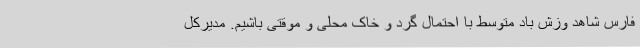
فارس شاهد وزش باد متوسط با احتمال گرد و خاک محلی و موقتی باشیم. مدیرکل